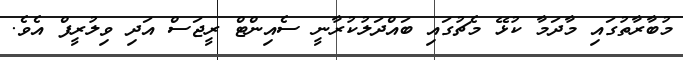
މުބާރާތުގައި މާދަމާ ކުޅޭ މެޗުގައި ބައްދަލުކުރާނީ ސެއިންޓް ރީޖަސް އަދި ވިލުރީފް އެވެ.